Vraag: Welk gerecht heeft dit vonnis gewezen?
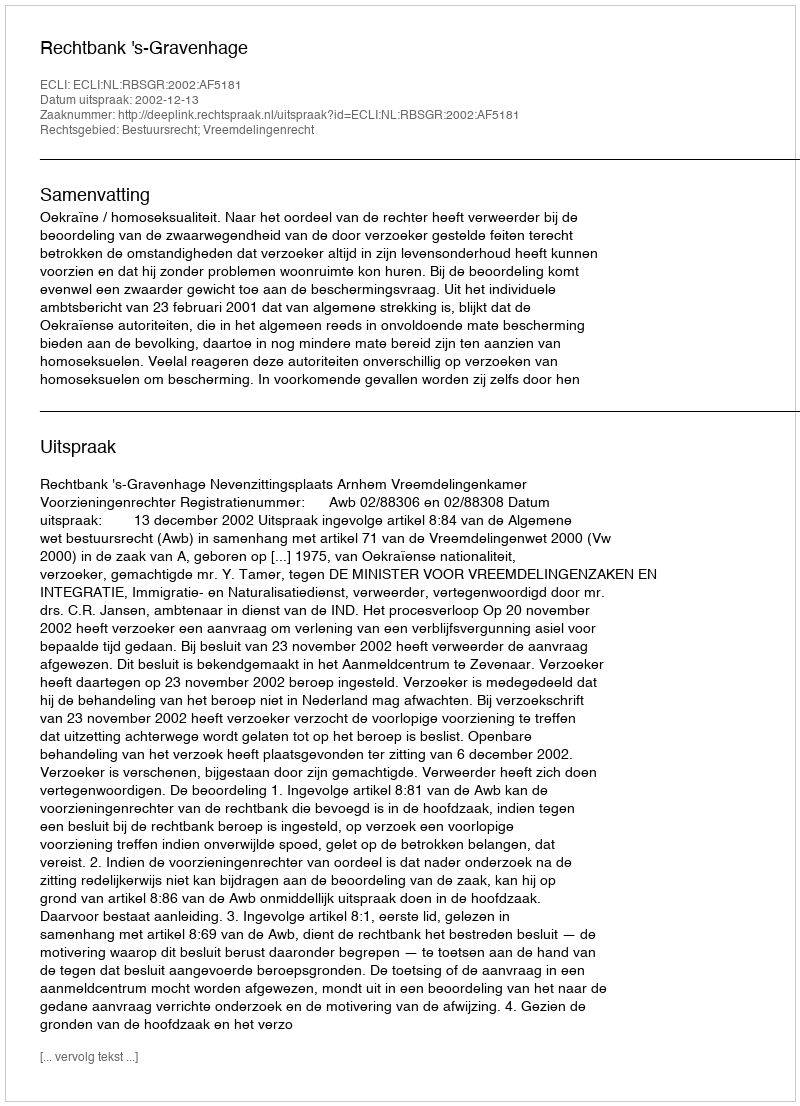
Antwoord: Rechtbank 's-Gravenhage